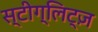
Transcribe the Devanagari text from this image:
स्टीग्लिट्ज़